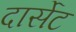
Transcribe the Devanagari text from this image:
दार्सेट